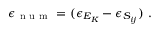
\epsilon _ { \mathrm { ~ n ~ u ~ m ~ } } = ( \epsilon _ { E _ { K } } - \epsilon _ { S _ { i j } } ) \ .